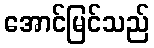
အောင်မြင်သည်